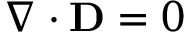
\nabla \cdot \mathbf { D } = 0